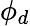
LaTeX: \phi_{d}